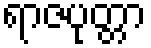
ရာဇပုတ္တာ